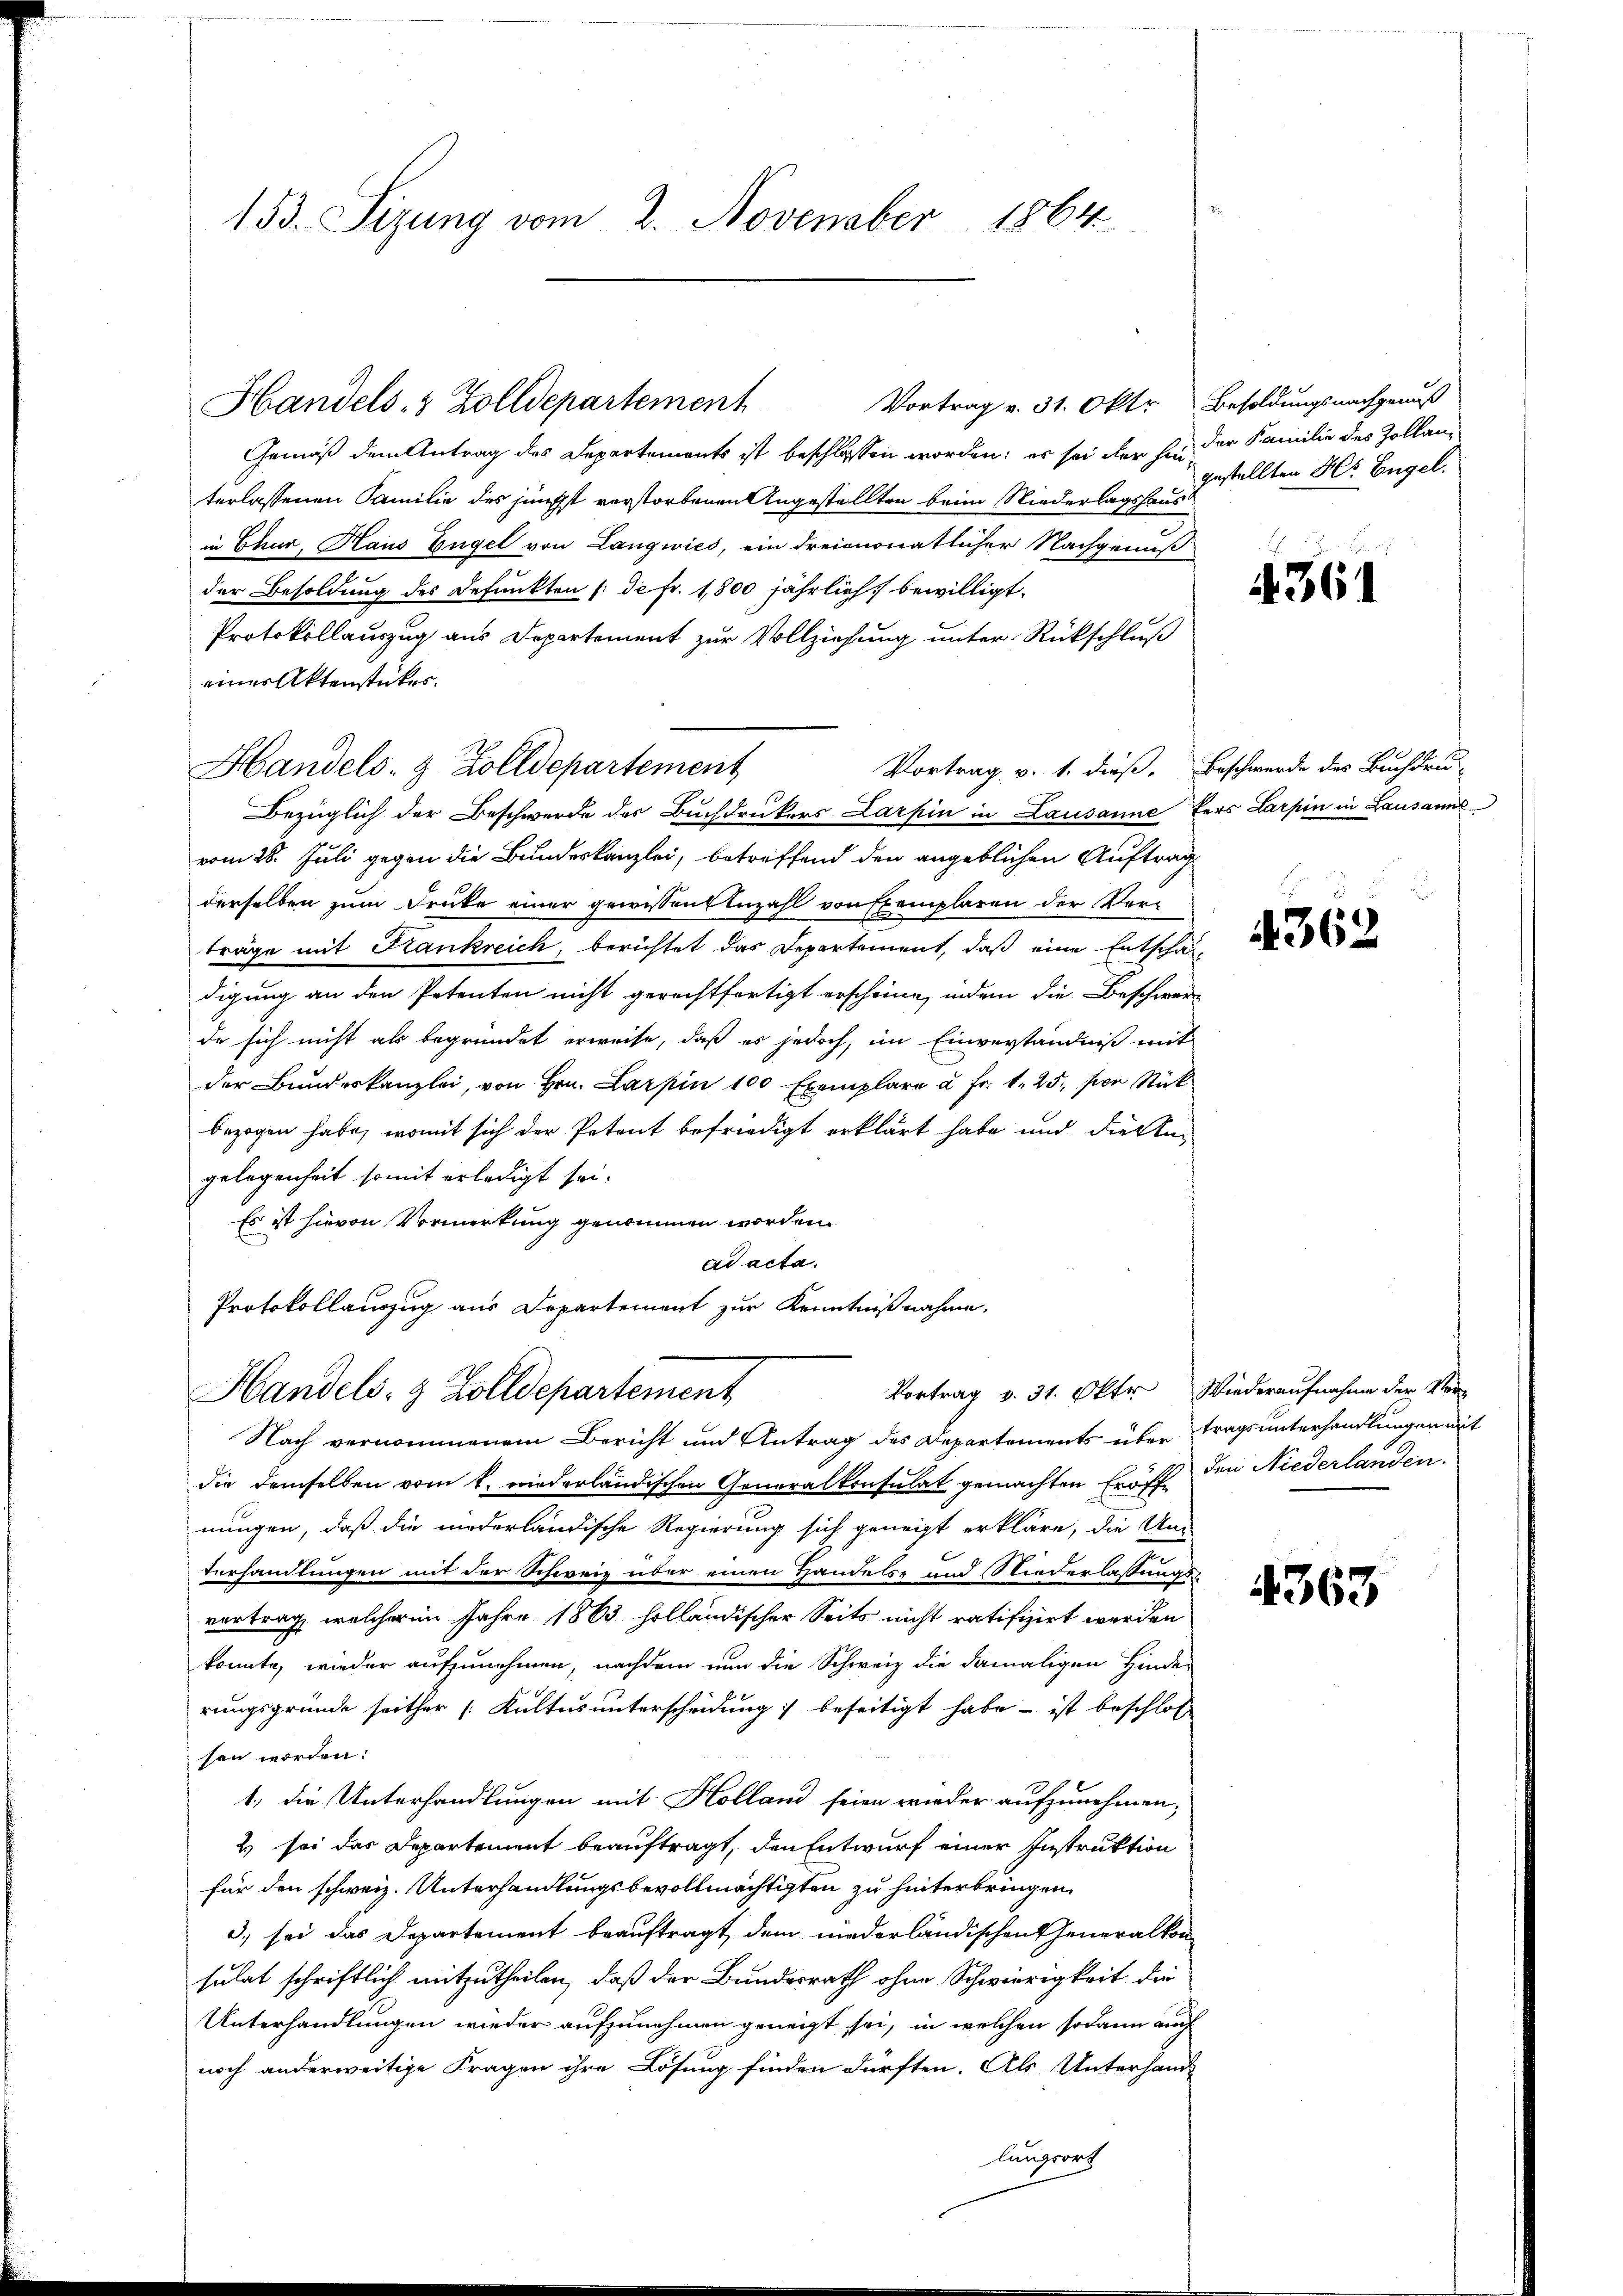
153. Sizung vom 2. November 1864

Gemäß dem Antrag des Departements ist beschlossen worden; es sei der hinterlassenen Familie des jüngst verstorbenen Angestellten beim Niederlagshausin Chur, Haus Gugel von Langwies, ein dreimonatlicher Nachgenuß
der Besoldung des Defunkten /: de fr. 1,800 jährlich bewilligt.
Protokollauszug aus Departement zur Vollziehung unter Rückschluß
einer Aktenstückes.
Vortrag v. 1. dieß. Beschwerde des Buchdru
Handels- & Zolldepartement
Bezüglich der Beschwerde des Buchdrukers Larpin in Lausanne ders Larpin in Lausanne
vom 28. Juli gegen die Bundeskanzlei, betreffend den angeblichen Auftrag
derselben zum Druke einer gewissen Anzahl von Exemplaren der Verträge mit Krankreich, berichtet das Departement, daß eine Entschäfdigung an den Petenten nicht gerechtfertigt erscheine, indem die Beschwerde sich nicht als begründet erweise, daß es jedoch, im Einverständniß mit
der Bundeskanzlei, von Hrn. Larpin 100 Exemplare u. fr. 1. 25. per Stück
bezogen habe, womit sich der Petent befriedigt erklärt habe und diesen
gelegenheit somit erledigt sei.
Es ist hievon Vormerkung genommen worden.
ad acta.
Protokollauszug aus Departement zur Kenntnißnahme.
Vortrag v. 31. Okto
Handels- & Zolldepartement
Nach vernommenem Bericht und Antrag des Departements über
die demselben vom 1. wiederländischen Generalkonsulat gemachten Eröff den Niederlanden.
nungen, daß die niederländische Regierung sich geneigt erkläre, die Un-
Verhandlungen mit der Schweiz über einen Handelse und Niederlassungsvortrag, welcher im Jahre 1863 holländischer Seits nicht ratifizirt werden
konnte, wieder aufzunehmen, nachdem nun die Schweiz die damaligen Hinden
rungsgründe seither (Kultus unterscheidung beseitigt habe - ist beschlos
sen worden.
1. die Unterhandlungen mit Holland seien wieder aufzunehmen,
2 sei das Departement beauftragt, den Entwurf einer Instruktion
für den schweiz. Unterhandlungsbevollmächtigten zu hinterbringen.
3) sei das Departement beauftragt, dem niederländischen Generalkon
sulat schriftlich mitzutheilen, daß der Bundesrath ohne Schwierigkeit die
Unterhandlungen wieder aufzunehmen geneigt sei, in welchen sodann auch
noch anderweitige Fragen ihre Lösung finden dürften. Als Unterhand-
lungsort

Handels- & Zolldepartement

Vortrag v. 31. Okt. Besoldungsnachgenuß

der Familie des Zollan-
gestellten Hr. Engel.

4361

362

Wiederaufnahme der Vertragsunterhandlungen mit

4363